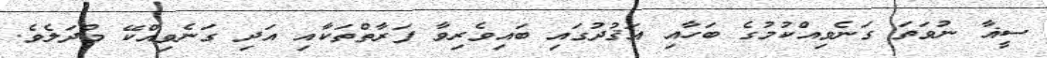
ސީޣާ ނުވަތަ ގަނެވިއްކުމުގެ ބަހާއި އަޤުދުގައި ބައިވެރިވާ ފަރާތްތަކާއި އަދި ގަނެވިއްކޭ މުދަލެވެ.